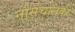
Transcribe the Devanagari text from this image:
नौसंचालकों